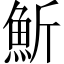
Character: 䰺